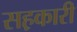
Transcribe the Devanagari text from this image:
सह़कारी